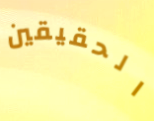
الحقيقين